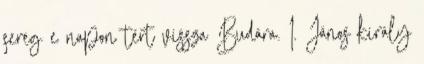
sereg e napon tért vissza Budára. I. János király